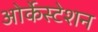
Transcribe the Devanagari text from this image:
ओर्केस्टेशन